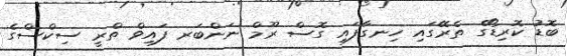
ބޮޑު ކޮރިޑޯގެ ތެރޭގައި ހިނގާފައި ގޮސް ރޫމް ނަންބަރ ފައިވް ތްރީ ސިކްސްގެ